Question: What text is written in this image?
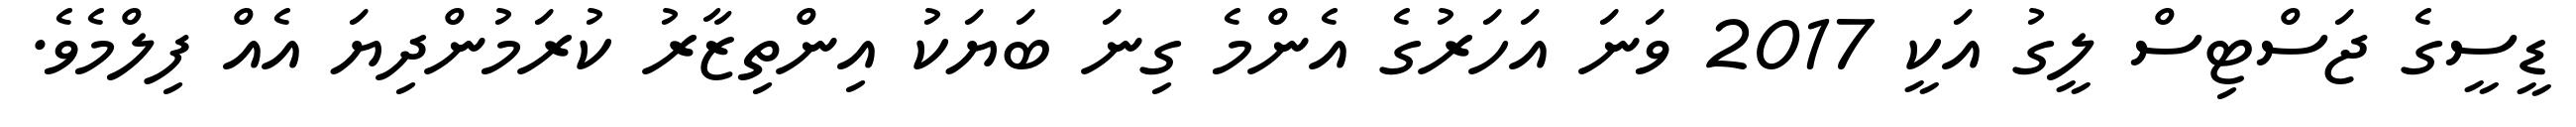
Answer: ޑީސީގެ ޖަސްޓިސް ލީގު އަކީ 2017 ވަނަ އަހަރުގެ އެންމެ ގިނަ ބަޔަކު އިންތިޒާރު ކުރަމުންދިޔަ އެއް ފިލްމެވެ.